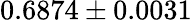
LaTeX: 0.6874\pm 0.0031